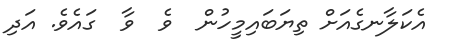
އެކަލާނގެއަށް ތިޔަބައިމީހުން  ވެ  ވާ  ގައެވެ. އަދި